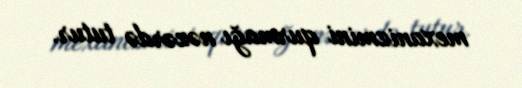
mexanizmini qurmağı nəzərdə tutur.